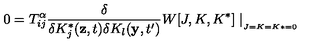
0 = T _ { i j } ^ { \alpha } \frac { \delta } { \delta K _ { j } ^ { * } ( \mathbf { z } , t ) \delta K _ { l } ( \mathbf { y } , t ^ { \prime } ) } W [ J , K , K ^ { * } ] \mid _ { _ { _ { J = K = K * = 0 } } }